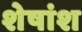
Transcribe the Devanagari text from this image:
शेषांश